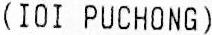
(IOI PUCHONG)